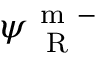
\psi _ { \mathrm { ~ \tiny ~ R ~ } } ^ { \mathrm { ~ m ~ - ~ } }